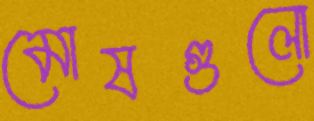
মোষগুলো